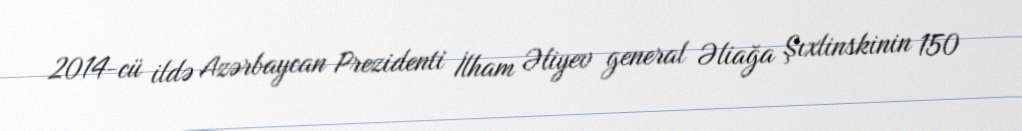
2014-cü ildə Azərbaycan Prezidenti İlham Əliyev general Əliağa Şıxlinskinin 150